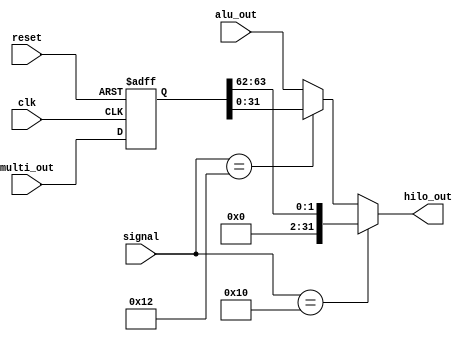

module hilo( multi_out, clk, reset, signal, alu_out, hilo_out );

input [63:0] multi_out;
input [31:0] alu_out;
input [5:0] signal;
input clk, reset;

output [31:0] hilo_out;
//reg [31:0] hilo_out;
reg [63:0] hilo;


always @(posedge clk or posedge reset)
begin
  if ( reset )
  begin
    hilo <= 64'b0;
  end
  else
  begin
    hilo <= multi_out;
  end
end

assign hilo_out = ( signal == 6'd16 ) ? hilo[63:62] :
                  ( signal == 6'd18 ) ? hilo[31:0] : alu_out;
/*
always@( hilo )
begin
  if ( signal == 6'd16 )
    hilo_out <= hilo[63:62];
  else if ( signal == 6'd18 )
    hilo_out <= hilo[31:0];
  else
    hilo_out <= alu_out;
end
*/
endmodule